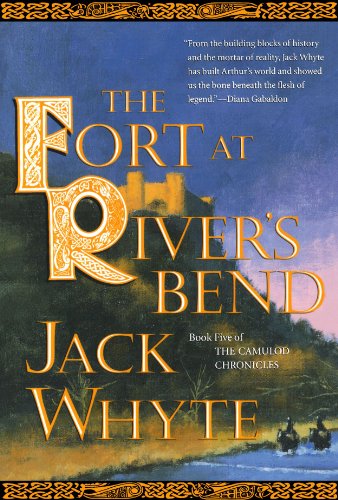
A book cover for The Fort at River's Bend (The Camulod Chronicles, Book 5); Jack Whyte; Science Fiction & Fantasy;